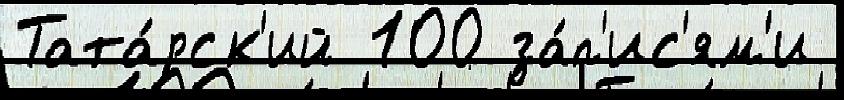
Тата́рск'ий 100 за́п'ис'ям'и